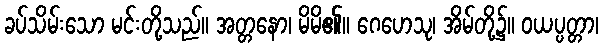
ခပ်သိမ်းသော မင်းတို့သည်။ အတ္တနော၊ မိမိ၏။ ဂေဟေသု၊ အိမ်တို့၌။ ဝယပ္ပတ္တာ၊